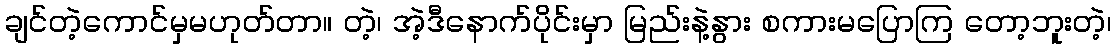
ချင်တဲ့ကောင်မှမဟုတ်တာ။ တဲ့၊ အဲ့ဒီနောက်ပိုင်းမှာ မြည်းနဲ့နွား စကားမပြောကြ တော့ဘူးတဲ့၊